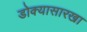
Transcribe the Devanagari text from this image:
डोक्यासारखा